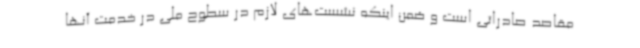
مقاصد صادراتی است و ضمن اینکه نشست‌های لازم در سطوح ملی در خدمت آنها